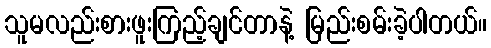
သူမလည်းစားဖူးကြည့်ချင်တာနဲ့ မြည်းစမ်းခဲ့ပါတယ်။